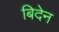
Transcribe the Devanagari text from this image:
बिदेन